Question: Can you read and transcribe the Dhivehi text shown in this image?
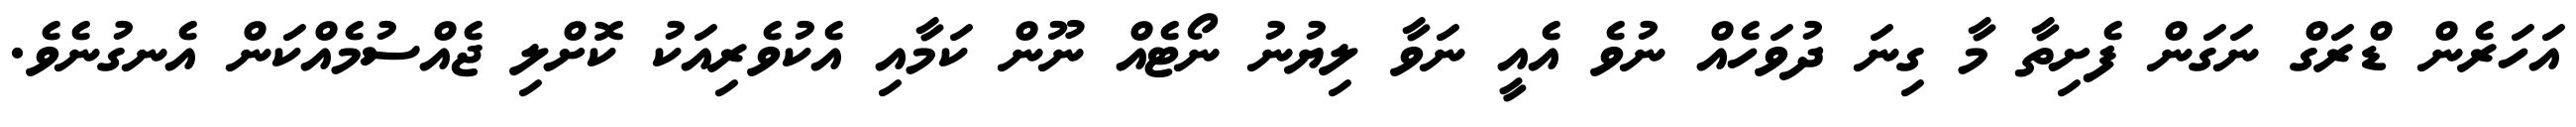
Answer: އަހަރެން ޑްރަގް ނަގަން ފެށިތާ މާ ގިނަ ދުވަހެއް ނުވެ އެއީ ނަވާ ލިޔުނު ނޯޓެއް ނޫން ކަމާއި އެކުވެރިއަކު ކޮށްލި ޖެއްސުމެއްކަން އެނގުނެވެ.